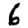
Digit: 6